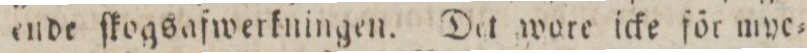
ende ſkogsafwerkningen. Det wore icke för mye=